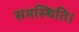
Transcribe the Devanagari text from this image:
समस्थिति।